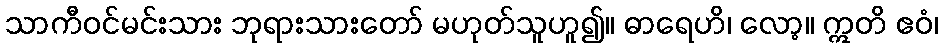
သာကီဝင်မင်းသား ဘုရားသားတော် မဟုတ်သူဟူ၍။ ဓာရေဟိ၊ လော့။ ဣတိ ဧဝံ၊